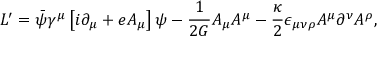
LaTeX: { \cal L } ^ { \prime } = \bar { \psi } \gamma ^ { \mu } \left[ i \partial _ { \mu } + e { \cal A } _ { \mu } \right] \psi - \frac { 1 } { 2 G } { \cal A } _ { \mu } { \cal A } ^ { \mu } - \frac { \kappa } { 2 } \epsilon _ { \mu \nu \rho } { \cal A } ^ { \mu } \partial ^ { \nu } { \cal A } ^ { \rho } ,